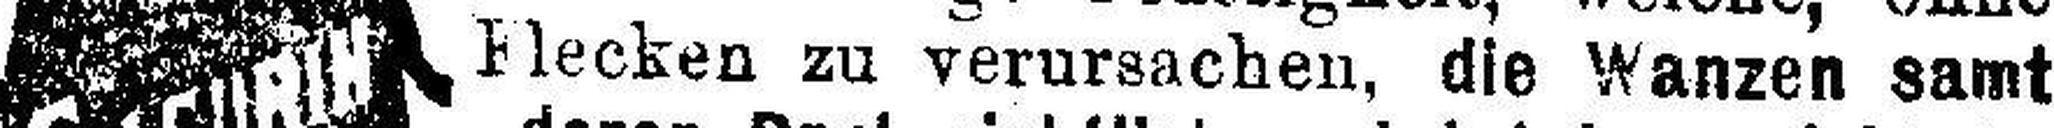
Flecken zu verursachen, die Wanzen samt